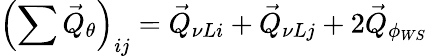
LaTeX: \left(\sum\vec{Q}_{\theta}\right)_{ij}=\vec{Q}_{\nu Li}+\vec{Q}_{\nu Lj}+2\vec{Q}_{\phi_{WS}}